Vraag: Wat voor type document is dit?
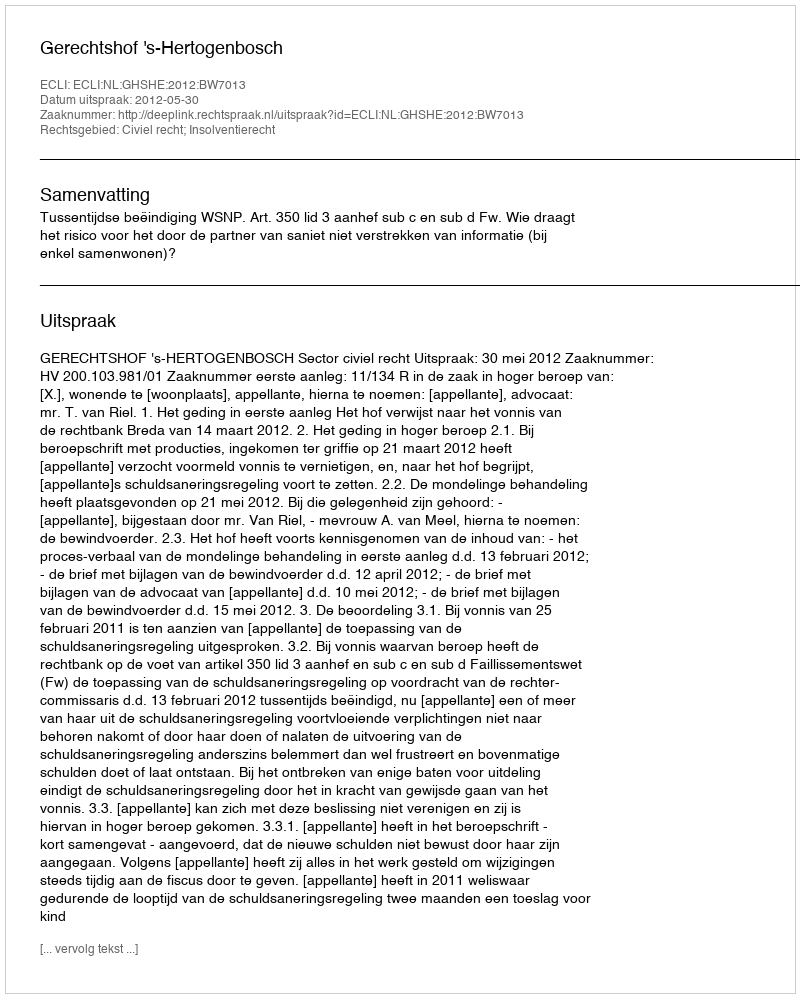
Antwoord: Uitspraak